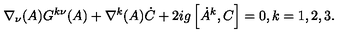
\nabla _ { \nu } ( A ) G ^ { k \nu } ( A ) + \nabla ^ { k } ( A ) \dot { C } + 2 i g \left[ \dot { A } ^ { k } , C \right] = 0 , k = 1 , 2 , 3 .